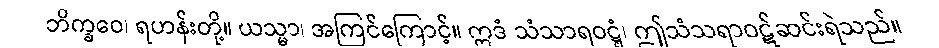
ဘိက္ခဝေ၊ ရဟန်းတို့။ ယသ္မာ၊ အကြင်ကြောင့်။ ဣဒံ သံသာရဝဋ္ဋံ၊ ဤသံသရာဝဋ်ဆင်းရဲသည်။